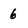
Character: 6